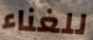
للغناء